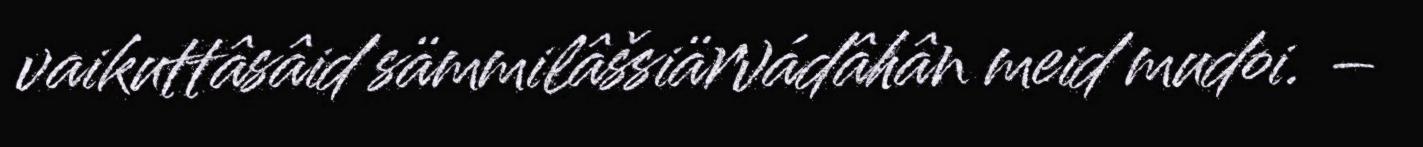
vaikuttâsâid sämmilâšsiärvádâhân meid mudoi. –